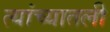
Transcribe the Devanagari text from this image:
त्यांच्यातली